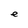
Character: e